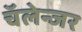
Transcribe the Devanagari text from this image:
चॅलेन्जर